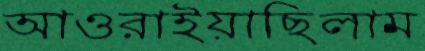
আওরাইয়াছিলাম